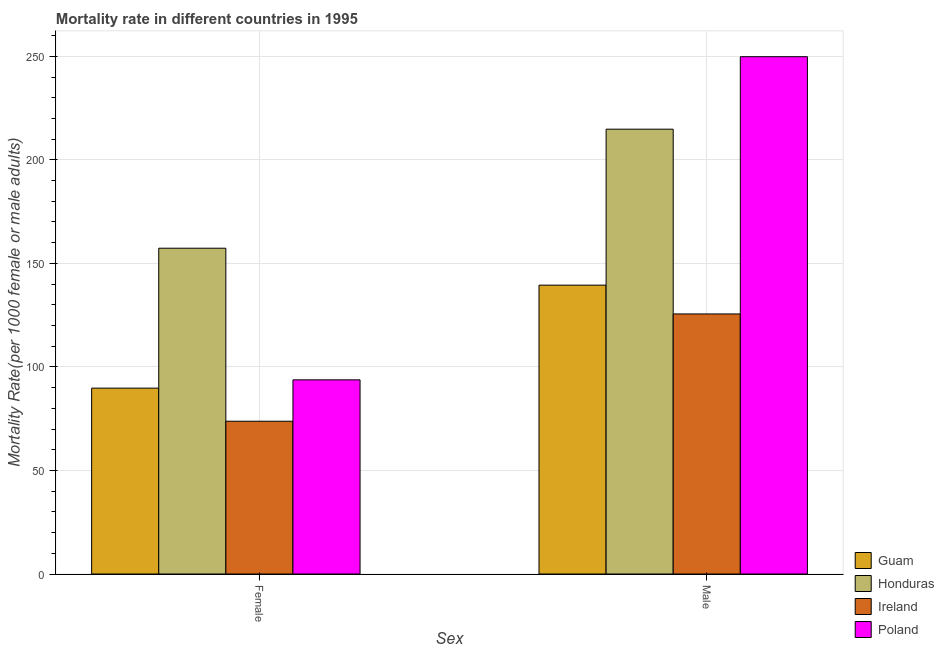
| Sex | Guam | Honduras | Ireland | Poland |
 | --- | --- | --- | --- | --- |
 | Female | 89.8 | 157 | 73.8 | 93.8 |
 | Male | 139 | 215 | 126 | 250 |